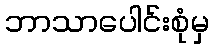
ဘာသာပေါင်းစုံမှ